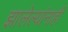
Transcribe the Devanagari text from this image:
झालेल्यांनाही